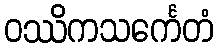
ဝဿိကသင်္ကေတံ